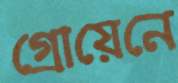
গ্রোয়েনে